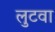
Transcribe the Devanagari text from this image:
लुटवा